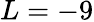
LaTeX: L=-9